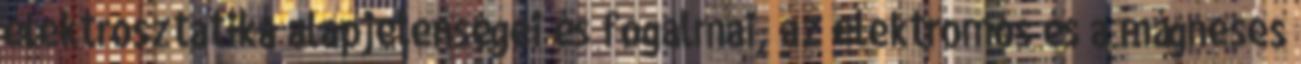
elektrosztatika alapjelenségei és fogalmai, az elektromos és a mágneses